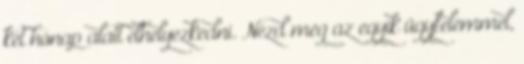
két hónap alatt elhelyezkedni. Nézd meg az egyik ügyfelemmel,